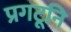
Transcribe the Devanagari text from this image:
प्रगटूनि